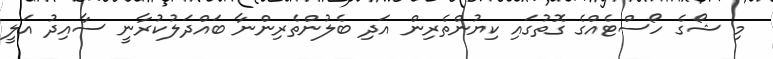
މި ޝޯގެ ހޯސްޓެއްގެ ގޮތުގައި ކިޔުންތެރިން އަދި ބެލުންތެރިންނާ ބައްދަލުކުރާނީ ސާއިދު އަލީ